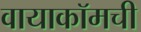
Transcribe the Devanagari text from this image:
वायाकॉमची